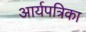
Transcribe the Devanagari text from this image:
आर्यपत्रिका